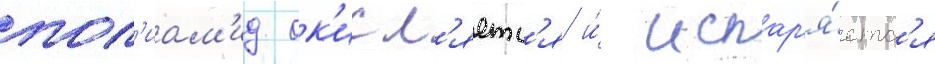
пол'иам'ид ок'исл'яетс'я и́ испар'я́етс'я